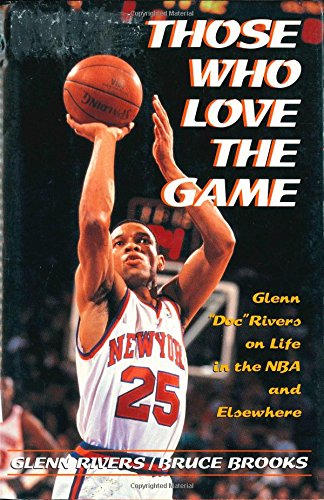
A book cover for Those Who Love the Game: Glenn "Doc" Rivers on Life in the Nba and Elsewhere; Glenn Rivers; Teen & Young Adult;